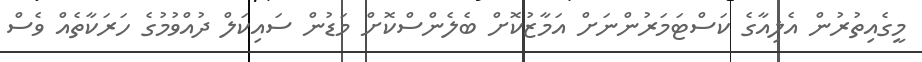
މީގެއިތުރުން އެލިއާގެ ކަސްޓަމަރުންނަށް އަމާޒުކޮށް ބެލެންސްކޮށް މަޑުން ސައިކަލް ދުއްވުމުގެ ހަރަކާތެއް ވެސް